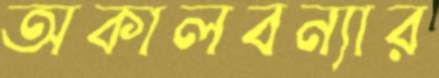
অকালবন্যার